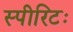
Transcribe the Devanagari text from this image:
स्पीरिटः